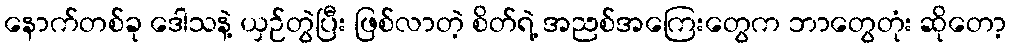
နောက်တစ်ခု ဒေါသနဲ့ ယှဉ်တွဲပြီး ဖြစ်လာတဲ့ စိတ်ရဲ့ အညစ်အကြေးတွေက ဘာတွေတုံး ဆိုတော့